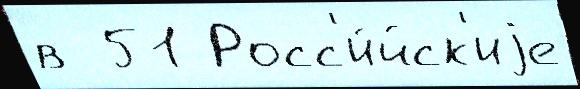
в  51 Росс'и́йск'иjе